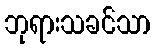
ဘုရားသခင်သာ